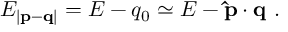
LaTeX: E _ { | { \bf p - q } | } = E - q _ { 0 } \simeq E - { \bf \hat { p } \cdot q } \ .